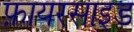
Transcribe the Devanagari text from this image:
फ़ायरसाइड